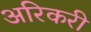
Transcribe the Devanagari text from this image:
अरिकरी